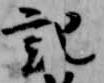
記